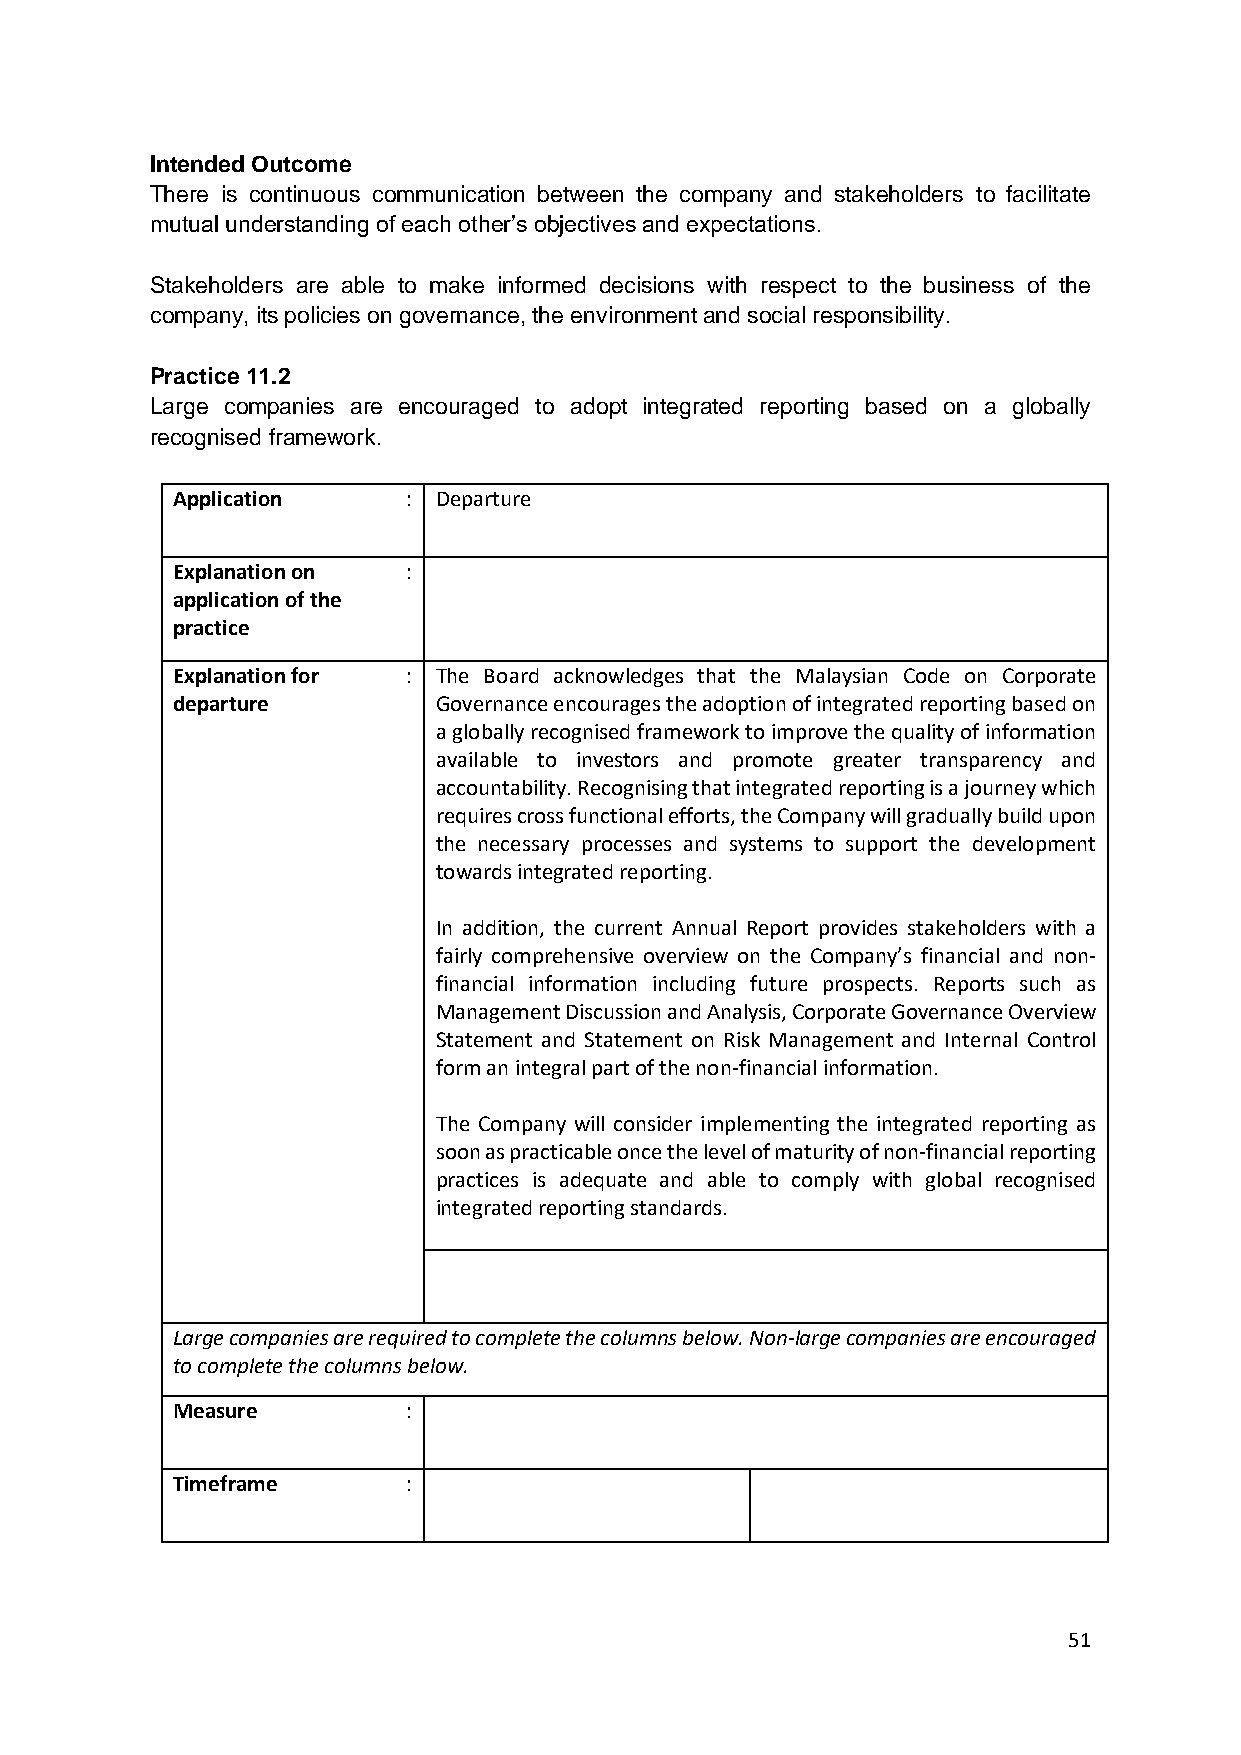
Intended Outcome
 There is continuous communication between the company and stakeholders to facilitate
 mutual understanding of each other’s objectives and expectations.
 Stakeholders are able to make informed decisions with respect to the business of the
 company, its policies on governance, the environment and social responsibility.
 Practice 11.2
 Large companies are encouraged to adopt integrated reporting based on a globally
 recognised framework.
 Application     : Departure
 Explanation on  :
 application of the
 practice
 Explanation for : The Board acknowledges that the Malaysian Code on Corporate
 departure         Governance encourages the adoption of integrated reporting based on
 a globally recognised framework to improve the quality of information
 available to investors and promote greater transparency and
 accountability. Recognising that integrated reporting is a journey which
 requires cross functional efforts, the Company will gradually build upon
 the necessary processes and systems to support the development
 towards integrated reporting.
 In addition, the current Annual Report provides stakeholders with a
 fairly comprehensive overview on the Company’s financial and non-
 financial information including future prospects. Reports such as
 Management Discussion and Analysis, Corporate Governance Overview
 Statement and Statement on Risk Management and Internal Control
 form an integral part of the non-financial information.
 The Company will consider implementing the integrated reporting as
 soon as practicable once the level of maturity of non-financial reporting
 practices is adequate and able to comply with global recognised
 integrated reporting standards.
 Large companies are required to complete the columns below. Non-large companies are encouraged
 to complete the columns below.
 Measure         :
 Timeframe       :
 51